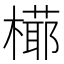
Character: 𣚋